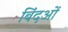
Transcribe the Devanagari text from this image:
बिंदओं